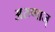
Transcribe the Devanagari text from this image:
अरुणाज्